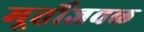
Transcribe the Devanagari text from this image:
मूर्तीजवळ